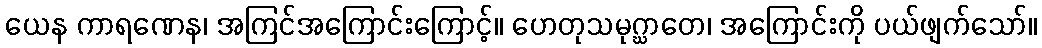
ယေန ကာရဏေန၊ အကြင်အကြောင်းကြောင့်။ ဟေတုသမုဂ္ဃာတေ၊ အကြောင်းကို ပယ်ဖျက်သော်။